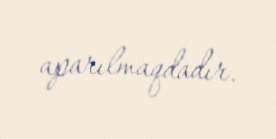
aparılmaqdadır.